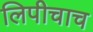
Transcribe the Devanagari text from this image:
लिपीचाच